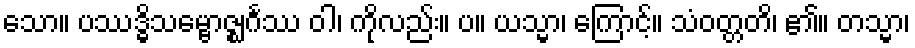
သော။ ပဿဒ္ဓိသမ္ဗောဇ္ဈင်္ဂဿ ဝါ၊ ကိုလည်း။ ပ။ ယသ္မာ၊ ကြောင့်။ သံဝတ္တတိ၊ ၏။ တသ္မာ၊